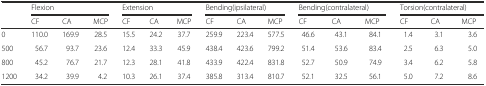
<table><thead><tr><td rowspan="2"></td><td colspan="3"><b>Flexion</b></td><td colspan="3"><b>Extension</b></td><td colspan="3"><b>Bending(ipsilateral)</b></td><td colspan="3"><b>Bending(contralateral)</b></td><td colspan="3"><b>Torsion(contralateral)</b></td></tr><tr><td><b>CF</b></td><td><b>CA</b></td><td><b>MCP</b></td><td><b>CF</b></td><td><b>CA</b></td><td><b>MCP</b></td><td><b>CF</b></td><td><b>CA</b></td><td><b>MCP</b></td><td><b>CF</b></td><td><b>CA</b></td><td><b>MCP</b></td><td><b>CF</b></td><td><b>CA</b></td><td><b>MCP</b></td></tr></thead><tbody><tr><td>0</td><td>110.0</td><td>169.9</td><td>28.5</td><td>15.5</td><td>24.2</td><td>37.7</td><td>259.9</td><td>223.4</td><td>577.5</td><td>46.6</td><td>43.1</td><td>84.1</td><td>1.4</td><td>3.1</td><td>3.6</td></tr><tr><td>500</td><td>56.7</td><td>93.7</td><td>23.6</td><td>12.4</td><td>33.3</td><td>45.9</td><td>438.4</td><td>423.6</td><td>799.2</td><td>51.4</td><td>53.6</td><td>83.4</td><td>2.5</td><td>6.3</td><td>5.0</td></tr><tr><td>800</td><td>45.2</td><td>76.7</td><td>21.7</td><td>12.3</td><td>28.1</td><td>41.8</td><td>433.9</td><td>422.4</td><td>831.8</td><td>52.7</td><td>50.9</td><td>74.9</td><td>3.4</td><td>6.2</td><td>5.8</td></tr><tr><td>1200</td><td>34.2</td><td>39.9</td><td>4.2</td><td>10.3</td><td>26.1</td><td>37.4</td><td>385.8</td><td>313.4</td><td>810.7</td><td>52.1</td><td>32.5</td><td>56.1</td><td>5.0</td><td>7.2</td><td>8.6</td></tr></tbody></table>